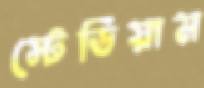
স্টেডিয়াম